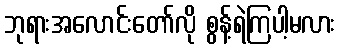
ဘုရားအလောင်းတော်လို စွန့်ရဲကြပါ့မလား